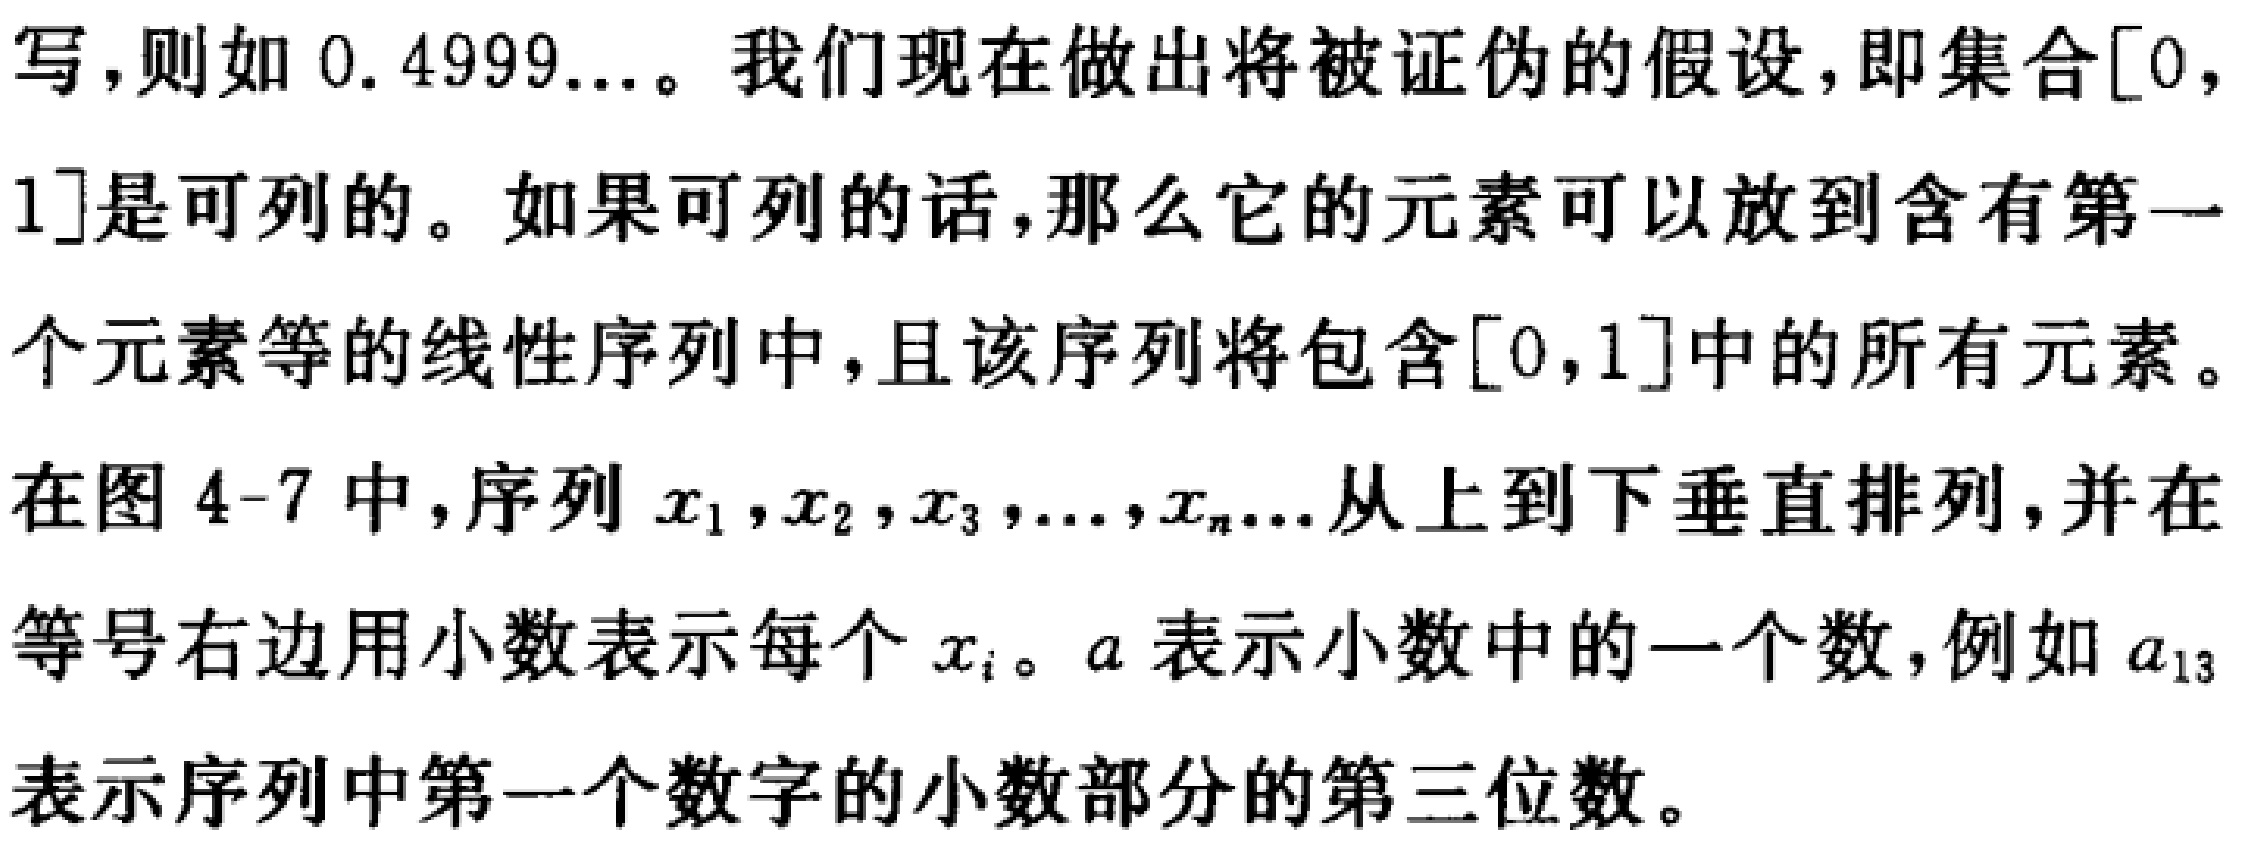
写，则如 \(0.4999\ldots\)。我们现在做出将被证伪的假设，即集合\([0,1]\)是可列的。如果可列的话，那么它的元素可以放到含有第一个元素等的线性序列中，且该序列将包含\([0,1]\)中的所有元素。

在图 \(4 - 7\) 中，序列 \(x_1,x_2,x_3,\ldots,x_n\ldots\) 从上到下垂直排列，并在等号右边用小数表示每个 \(x_i\)。\(a\) 表示小数中的一个数，例如 \(a_{13}\) 表示序列中第一个数字的小数部分的第三位数。